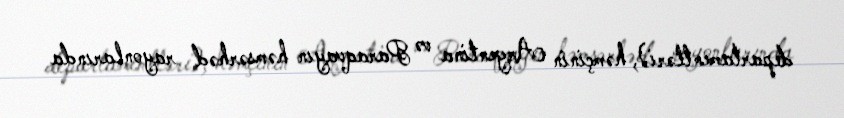
departamentləri), həmçinin Argentina və Paraqvayın həmsərhəd rayonlarında